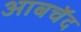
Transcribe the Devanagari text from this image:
आबचॅद